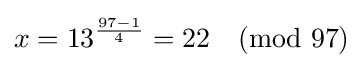
x=13^{\frac {97-1}{4}}=22{\pmod {97}}